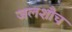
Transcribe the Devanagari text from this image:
जलशौच